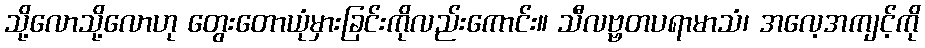
သို့လောသို့လောဟု တွေးတောယုံမှားခြင်းကိုလည်းကောင်း။ သီလဗ္ဗတပရာမာသံ၊ အလေ့အကျင့်ကို